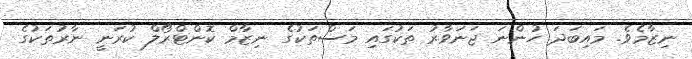
ނިޒާމެވެ. މައިބަދަ ހުންނަ ޖަނަވާރު ތަކުގައި މަސްތަކުގެ ނިޒާމް ކޮންޓްރޯލް ކުރަނީ ނާރުތަކުގެ